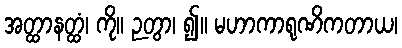
အတ္ထာနတ္ထံ၊ ကို။ ဉတွာ၊ ၍။ မဟာကာရုဏိကတာယ၊